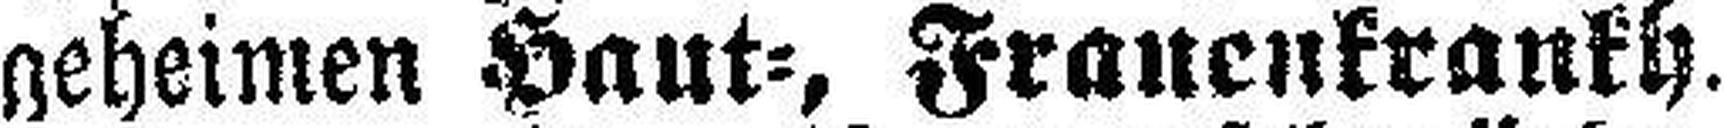
geheimen Haut=, Frauenkrankh.